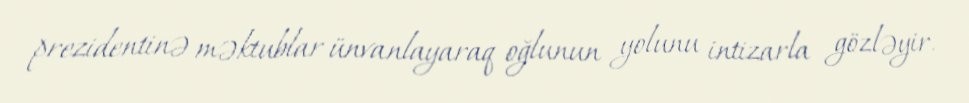
prezidentinə məktublar ünvanlayaraq oğlunun yolunu intizarla gözləyir.